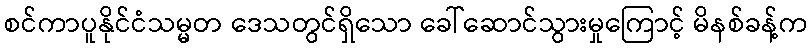
စင်ကာပူနိုင်ငံသမ္မတ ဒေသတွင်ရှိသော ခေါ်ဆောင်သွားမှုကြောင့် မိနစ်ခန့်က